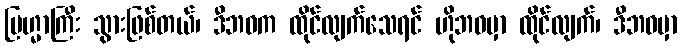
ဗြဟ္မာကြီး သွားဖြစ်တယ်၊ ဒီဘဝက ထိုင်လျက်သေရင် ဟိုဘဝမှာ ထိုင်လျက်၊ ဒီဘဝမှာ